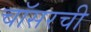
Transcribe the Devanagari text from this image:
चॉसरची